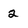
Character: 2